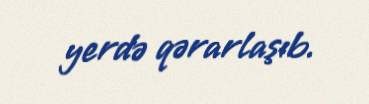
yerdə qərarlaşıb.